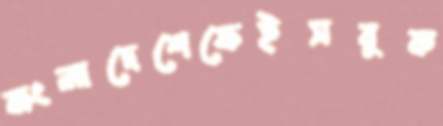
বাংলাদেশেফেইসবুক